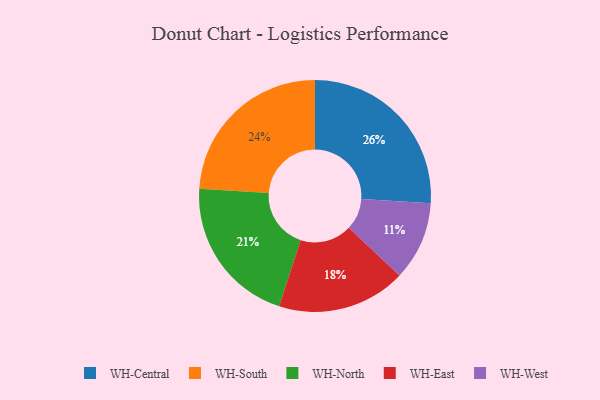
{"axis": {"x": "Category", "y": "Percentage"}, "legend": ["WH-Central", "WH-East", "WH-North", "WH-South", "WH-West"], "data": [{"x": "WH-South", "y": 24, "type": "WH-South"}, {"x": "WH-Central", "y": 26, "type": "WH-Central"}, {"x": "WH-North", "y": 21, "type": "WH-North"}, {"x": "WH-East", "y": 18, "type": "WH-East"}, {"x": "WH-West", "y": 11, "type": "WH-West"}]}